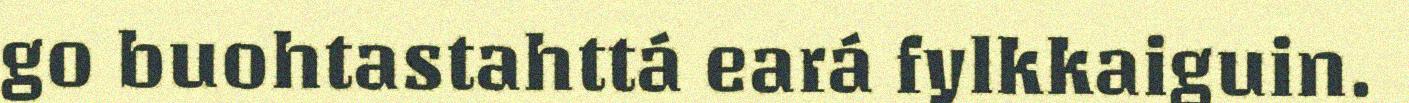
go buohtastahttá eará fylkkaiguin.